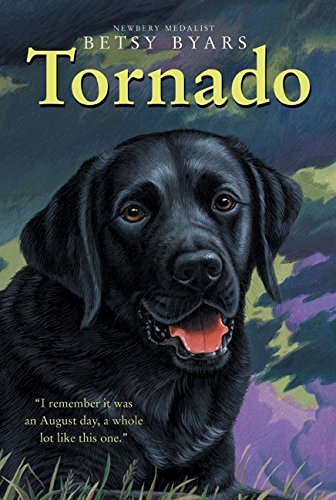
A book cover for Tornado (Trophy Chapter Books); Betsy Byars; Children's Books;